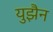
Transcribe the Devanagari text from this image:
युझैन